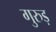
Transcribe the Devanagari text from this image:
गुरुड़